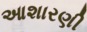
આશારણી